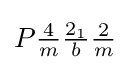
P{\tfrac {4}{m}}{\tfrac {2_{1}}{b}}{\tfrac {2}{m}}